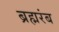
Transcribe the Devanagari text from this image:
ब्रह्मरंब